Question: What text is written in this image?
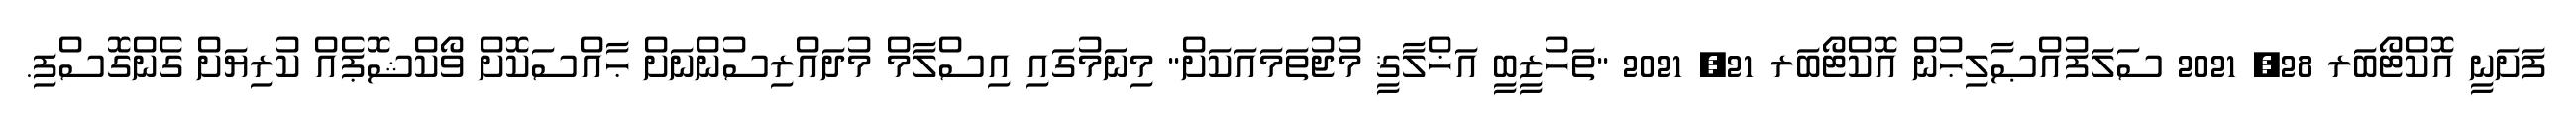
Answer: ފަށަނީ އޮކްޓޯބަރ 28, 2021 ސަލަފުއްޞާލިޙުން އޮކްޓޯބަރ 21, 2021 "ތަހުޒީބީ އަޚްލާޤީ މުޖުތަމައަކަށް" މިނަމުގައި އިސްލާމް މުދައްރިސުންނަށް ޙާއްސަކޮށް ވޯކްޝޮޕެއް ކުރިޔަށް ގެންގޮސްފި.